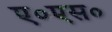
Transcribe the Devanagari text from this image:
ए०एस०